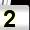
Digit: 2